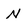
Character: N